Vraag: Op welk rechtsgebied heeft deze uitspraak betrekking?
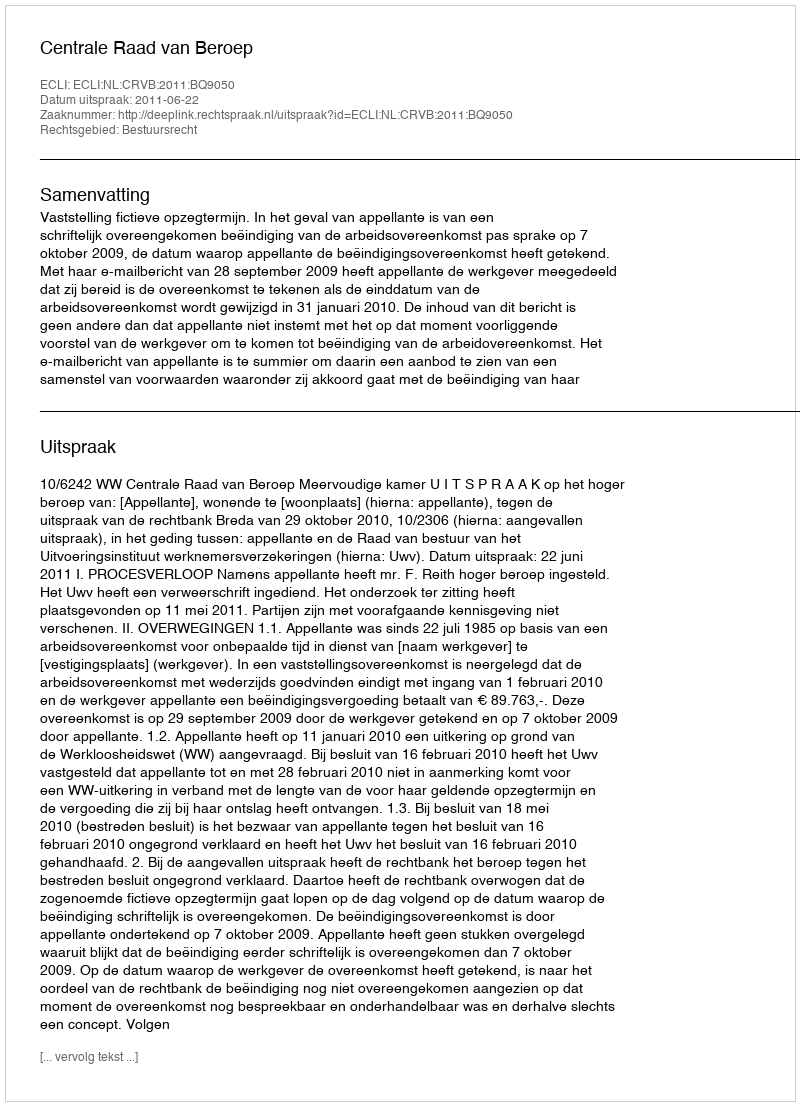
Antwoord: Bestuursrecht